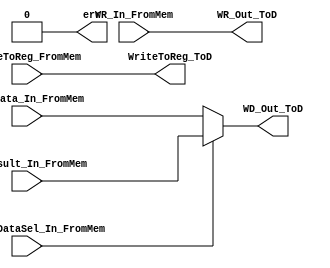
module write_stage(
	//inputs
	RegWriteDataSel_In_FromMem,
	//PCInc_In_FromMem, 
	//Condition_In_FromMem, 
	ReadData_In_FromMem, 
	ALUResult_In_FromMem,
	WR_In_FromMem,
	WriteToReg_FromMem,
	//Halt_FromMem,
	
	//Outputs
	WR_Out_ToD, 
	WD_Out_ToD, 
	WriteToReg_ToD,
	//Halt_Signal,
	err
);

//inputs
input  WriteToReg_FromMem; //Halt_FromMem; //Condition_In_FromMem,
input RegWriteDataSel_In_FromMem;
input [2:0] WR_In_FromMem;
input [15:0]  ReadData_In_FromMem, ALUResult_In_FromMem; //PCInc_In_FromMem,

//outputs
output WriteToReg_ToD,  err;//Halt_Signal,
output [2:0] WR_Out_ToD;
output [15:0] WD_Out_ToD;

//Tie Outputs
assign WR_Out_ToD = WR_In_FromMem;
assign WriteToReg_ToD = WriteToReg_FromMem;
//assign Halt_Signal = Halt_FromMem;


//Select Writeback data
assign WD_Out_ToD = (RegWriteDataSel_In_FromMem == 1'b0) ? ReadData_In_FromMem : ALUResult_In_FromMem;
					
	
assign err = 1'b0;
	
endmodule